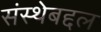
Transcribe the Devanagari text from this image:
संस्थेबद्दल